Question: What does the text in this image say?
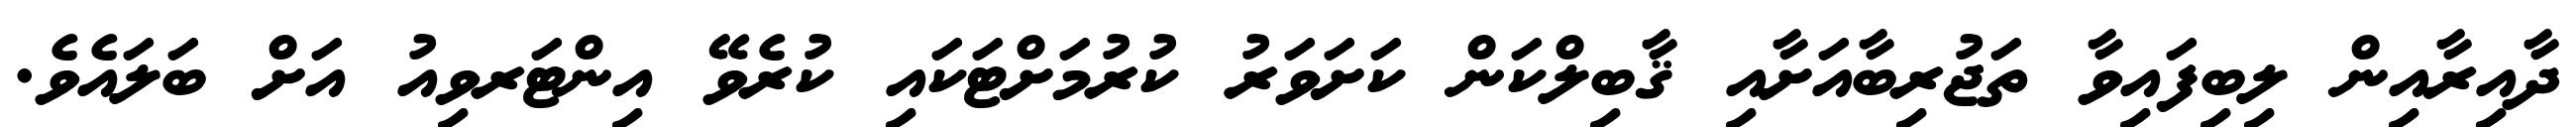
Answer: ދާއިރާއިން ލިބިފައިވާ ތަޖުރިބާއަށާއި ޤާބިލްކަން ކަށަވަރު ކުރުމަށްޓަކައި ކުރެވޭ އިންޓަރވިއު އަށް ބަލައެވެ.